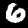
Digit: 6